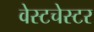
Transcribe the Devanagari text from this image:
वेस्‍टचेस्‍टर